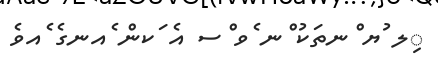
ިލ ުޔ ްނތަކު ްނ ެވ ްސ އެ ަކން ެއނގެ ެއވެ